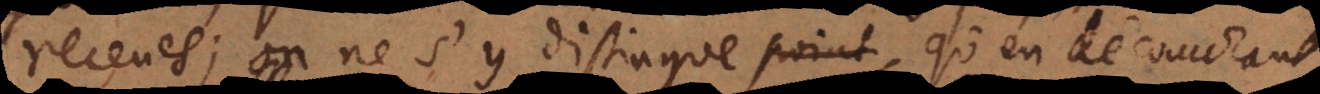
receues; on ne s’y distingue qu’en decouvrant